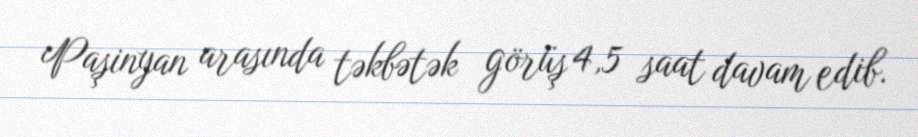
Paşinyan arasında təkbətək görüş 4,5 saat davam edib.